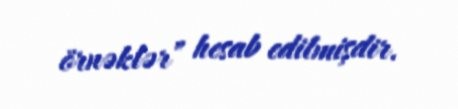
örnəklər” hesab edilmişdir.